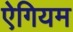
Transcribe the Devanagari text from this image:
ऐगियम